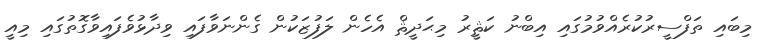
މިބައި ތަފްސީރުކުރެއްވުމުގައި އިބްނު ކަޘީރު މިޙަދީޘް އެހެން ލަފުޒަކުން ގެންނަވާފައި ވިދާޅުވެފައިވާގޮތުގައި މިއީ